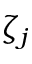
\zeta _ { j }